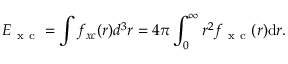
E _ { \mathrm { ~ x ~ c ~ } } = \int f _ { x c } ( \boldsymbol { r } ) d ^ { 3 } r = 4 \pi \int _ { 0 } ^ { \infty } r ^ { 2 } f _ { \mathrm { ~ x ~ c ~ } } ( r ) \mathrm { d } r .